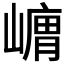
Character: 𭗞